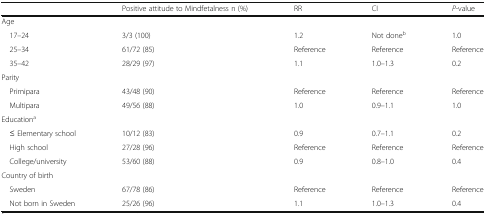
|  | Positive attitude to Mindfetalness n (%) | RR | CI | P-value |
 | --- | --- | --- | --- | --- |
 | <COLSPAN=5> Age |
 | 17–24 | 3/3 (100) | 1.2 | Not doneb | 1.0 |
 | 25–34 | 61/72 (85) | Reference | Reference | Reference |
 | 35–42 | 28/29 (97) | 1.1 | 1.0–1.3 | 0.2 |
 | <COLSPAN=5> Parity |
 | Primipara | 43/48 (90) | Reference | Reference | Reference |
 | Multipara | 49/56 (88) | 1.0 | 0.9–1.1 | 1.0 |
 | <COLSPAN=5> Educationa |
 | ≤ Elementary school | 10/12 (83) | 0.9 | 0.7–1.1 | 0.2 |
 | High school | 27/28 (96) | Reference | Reference | Reference |
 | College/university | 53/60 (88) | 0.9 | 0.8–1.0 | 0.4 |
 | <COLSPAN=5> Country of birth |
 | Sweden | 67/78 (86) | Reference | Reference | Reference |
 | Not born in Sweden | 25/26 (96) | 1.1 | 1.0–1.3 | 0.4 |